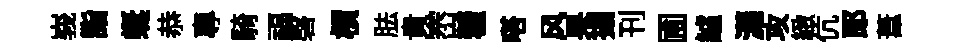
峩詣蜒恭專騎福磬檟胠貴崈藿嗒风杲搨刊圃鱸瀟攻緻伉郞葦